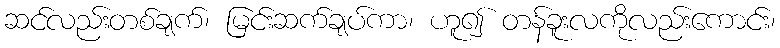
ဆင်လည်းတစ်ချက်၊ မြင်းဆက်ချပ်ကာ၊ ဟူ၍ တန်ခူးလကိုလည်းကောင်း၊